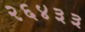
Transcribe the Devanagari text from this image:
२६४३३